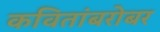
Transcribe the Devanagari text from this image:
कवितांबरोबर